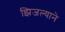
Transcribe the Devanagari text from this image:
झिजल्याने